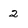
Character: 2